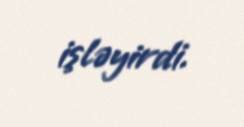
işləyirdi.